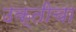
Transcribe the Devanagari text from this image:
उक्तीचा